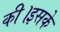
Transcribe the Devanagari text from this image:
की।इसके